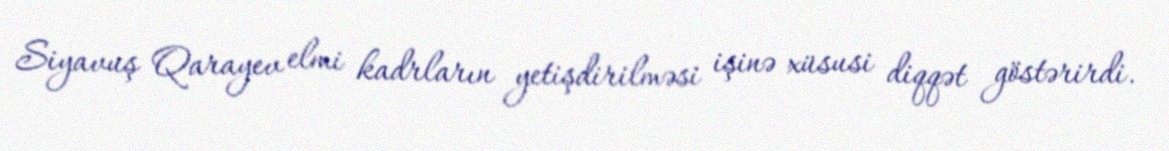
Siyavuş Qarayev elmi kadrların yetişdirilməsi işinə xüsusi diqqət göstərirdi.